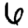
Digit: 6